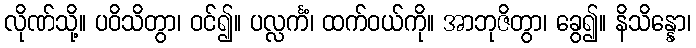
လိုဏ်သို့။ ပဝိသိတွာ၊ ဝင်၍။ ပလ္လင်္ကံ၊ ထက်ဝယ်ကို။ အာဘုဇိတွာ၊ ခွေ၍။ နိသိန္နော၊